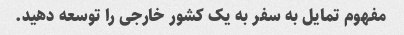
مفهوم تمایل به سفر به یک کشور خارجی را توسعه دهید.